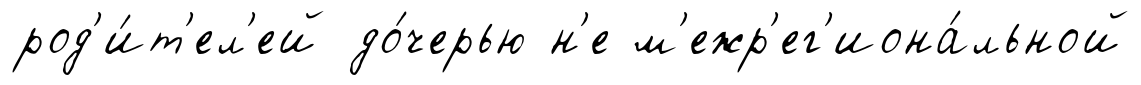
род'и́т'ел'ей до́черью н'е м'ежр'ег'иона́льной